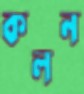
কলন